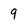
Character: 9